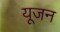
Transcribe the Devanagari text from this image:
यूजन